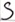
Text: S